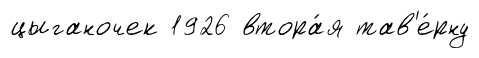
цыганочек 1926 втора́я тав'е́рну